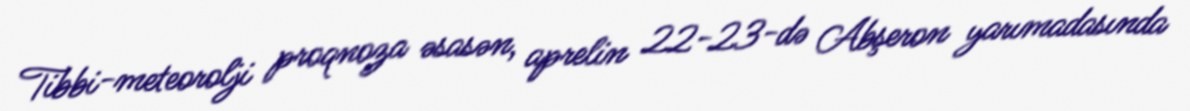
Tibbi-meteorolji proqnoza əsasən, aprelin 22-23-də Abşeron yarımadasında